Tartu_pedagoogiumi_aruanded, lk 16
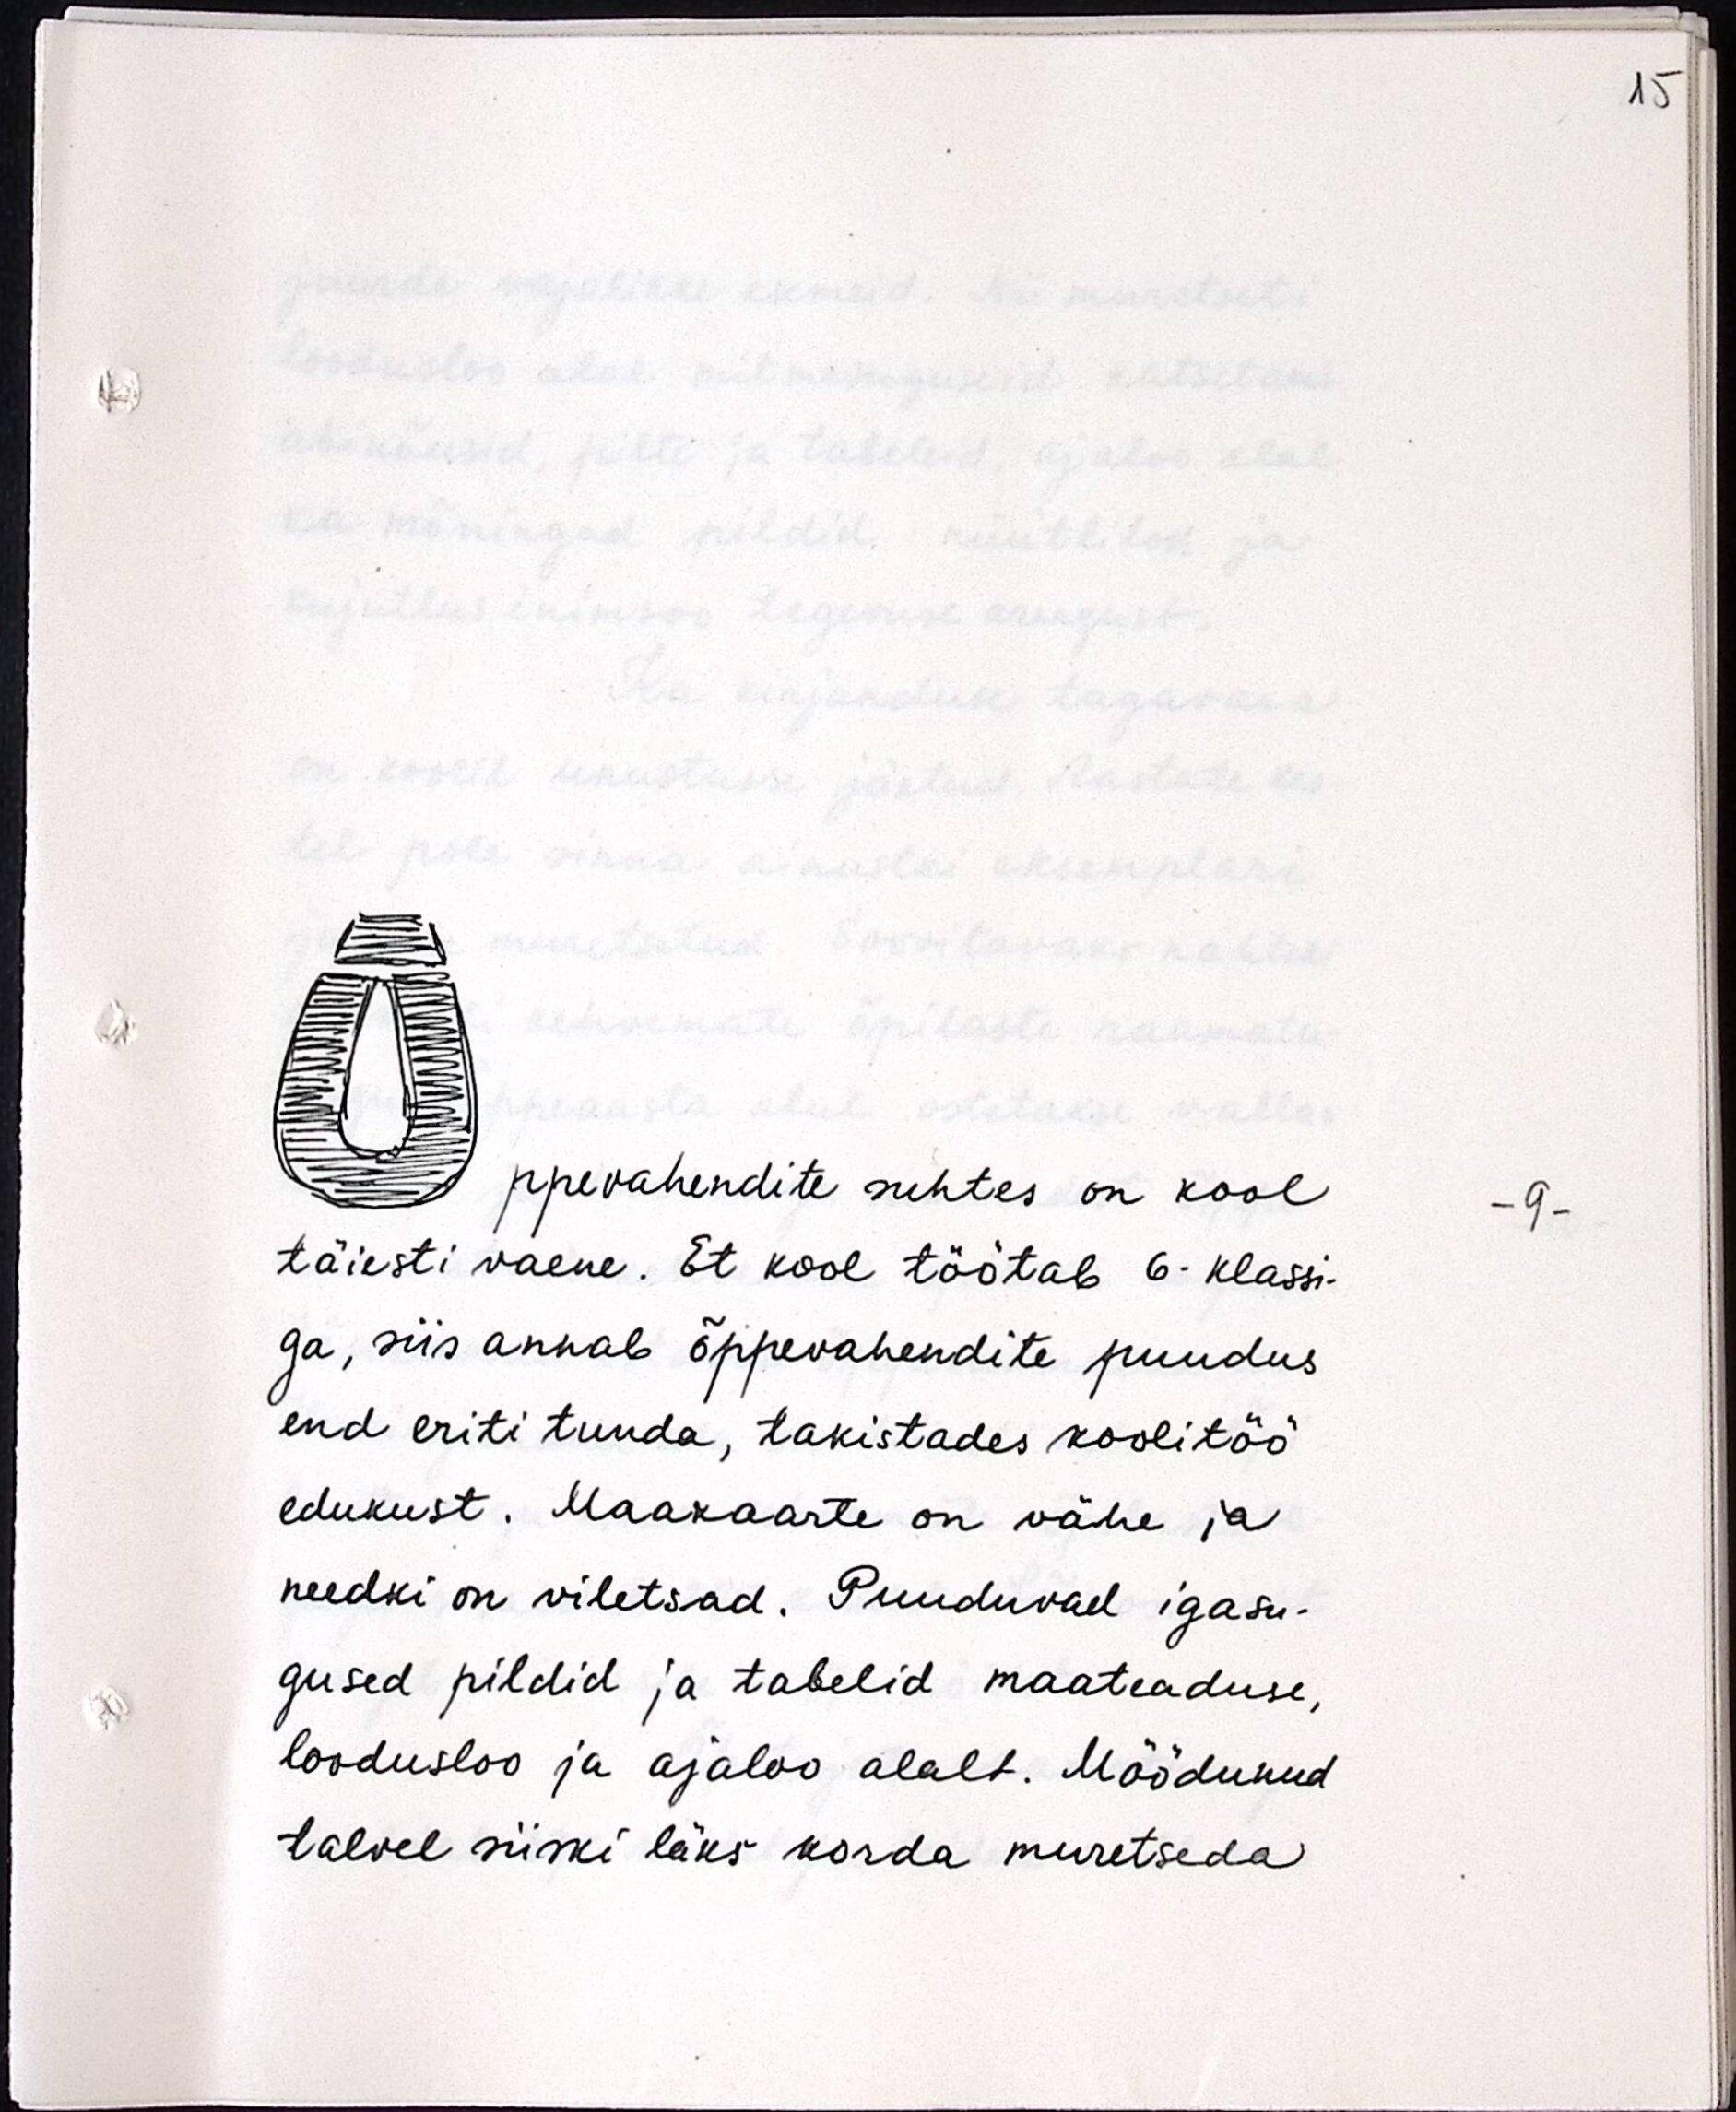
ppevahendite suhtes on kool
täiesti vaene. Et kool töötab 6- klassi-
ga, siis annab õppevahendite puudus
end eriti tunda, takistades koolitöö
edukust. Maakaarte on vähe ja
needki on viletsad. Puuduvad igasu-
gused pildid ja tabelid maateaduse,
loodusloo ja ajaloo alalt. Möödunud
talvel siiski läks korda muretseda